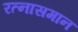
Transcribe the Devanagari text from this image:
रत्नासमान